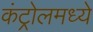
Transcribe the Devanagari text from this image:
कंट्रोलमध्ये